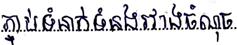
ភ្ជាប់ទំនាក់ទំនងរវាងចំណុច